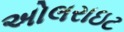
અોલરાઇટ